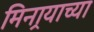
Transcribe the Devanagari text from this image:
मिनार्‍याच्या